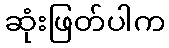
ဆုံးဖြတ်ပါက